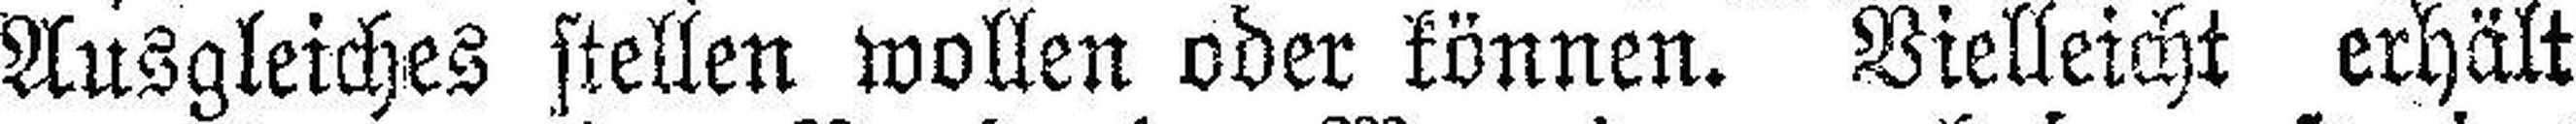
Ausgleiches stellen wollen oder können. Vielleicht erhält